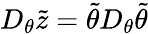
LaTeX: D_{\theta}\tilde{z}=\tilde{\theta}D_{\theta}\tilde{\theta}